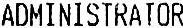
ADMINISTRATOR